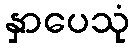
နှာပေသုံ